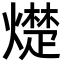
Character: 𪹵